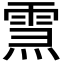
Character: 𤍱